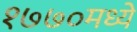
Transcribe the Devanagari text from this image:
१७७०मध्ये